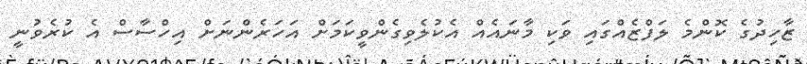
ޒާހިދުގެ ކޮންމެ ލަފްޒެއްގައި ވަކި މާނައެއް އެކުލެވިގެންވީކަމަށް އަހަރެންނަށް އިހްސާސް އެ ކުރެވުނީ